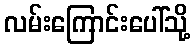
လမ်းကြောင်းပေါ်သို့